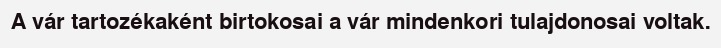
A vár tartozékaként birtokosai a vár mindenkori tulajdonosai voltak.